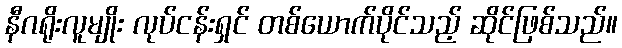
နီဂရိုးလူမျိုး လုပ်ငန်းရှင် တစ်ယောက်ပိုင်သည့် ဆိုင်ဖြစ်သည်။